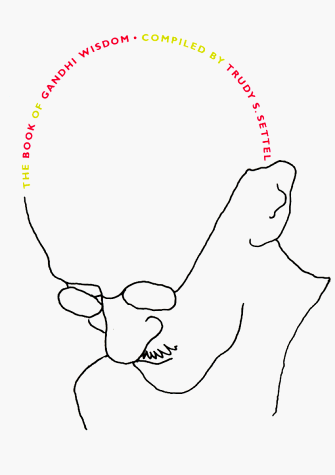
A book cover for The Book of Gandhi Wisdom; Religion & Spirituality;